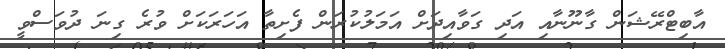
އާބިޓްރޭޝަން ގާނޫނާއި އަދި ގަވާއިދަށް އަމަލުކުރަން ފެށިތާ އަހަރަކަށް ވުރެ ގިނަ ދުވަސްވީ